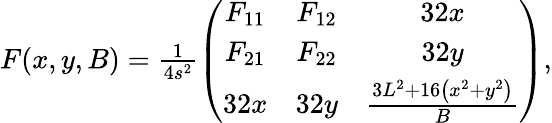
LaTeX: \begin{array}{r}{F(x,y,B)=\frac 1{4s^{2}}\left(\begin{array}{ccc}{F_{11}}&{F_{12}}&{32x}\\ {F_{21}}&{F_{22}}&{32y}\\ {32x}&{32y}&{\frac{3L^{2}+16\left(x^{2}+y^{2}\right)}{B}}\end{array}\right),}\end{array}